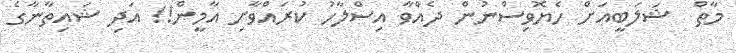
މާތް  ޝަލަބީއަށް ހެޔޮވިސްނުން ދެއްވާ އިސްލާހު ކުރައްވާށި އާމީން!! އަދި ޝައިތާނާގެ